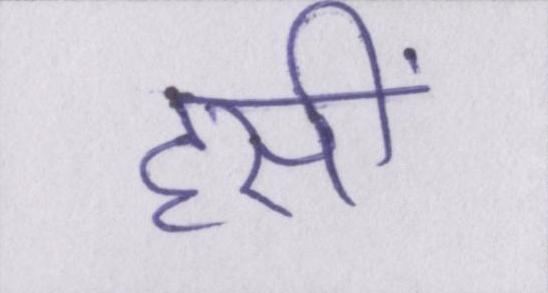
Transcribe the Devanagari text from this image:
हसीं